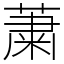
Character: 䔥